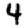
Digit: 4